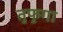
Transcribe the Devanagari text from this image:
तुफुगा